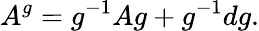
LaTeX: A^{g}=g^{-1}Ag+g^{-1}dg.